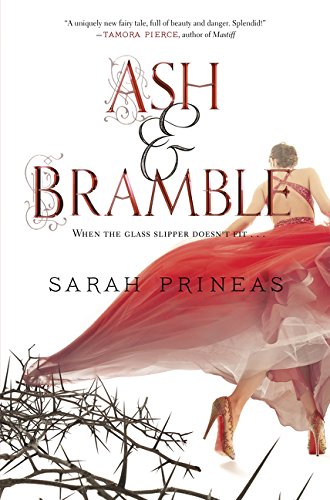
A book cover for Ash & Bramble; Sarah Prineas; Teen & Young Adult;